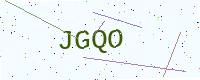
Text: JGQO